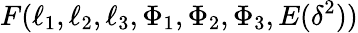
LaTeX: F(\ell_{1},\ell_{2},\ell_{3},\Phi_{1},\Phi_{2},\Phi_{3},E(\delta^{2}))